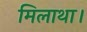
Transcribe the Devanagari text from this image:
मिलाथा।